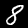
Label: 8